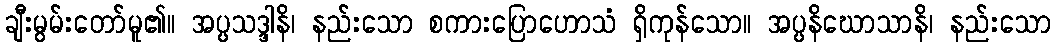
ချီးမွမ်းတော်မူ၏။ အပ္ပသဒ္ဒါနိ၊ နည်းသော စကားပြောဟောသံ ရှိကုန်သော။ အပ္ပနိဃောသာနိ၊ နည်းသော